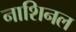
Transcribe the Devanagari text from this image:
नाशिनल